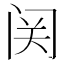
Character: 𬮦